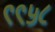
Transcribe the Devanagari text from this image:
९९५८